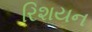
રિશયન